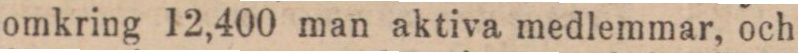
omkring 12,400 man aktiva medlemmar, och